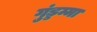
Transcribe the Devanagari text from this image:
गुंड्डम्मा